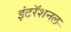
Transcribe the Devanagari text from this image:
इंटरॅशनल